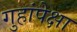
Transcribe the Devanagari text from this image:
गुहांपेक्षा